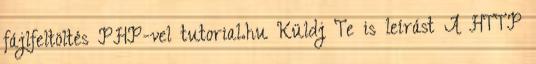
fájlfeltöltés PHP-vel tutorial.hu Küldj Te is leírást A HTTP